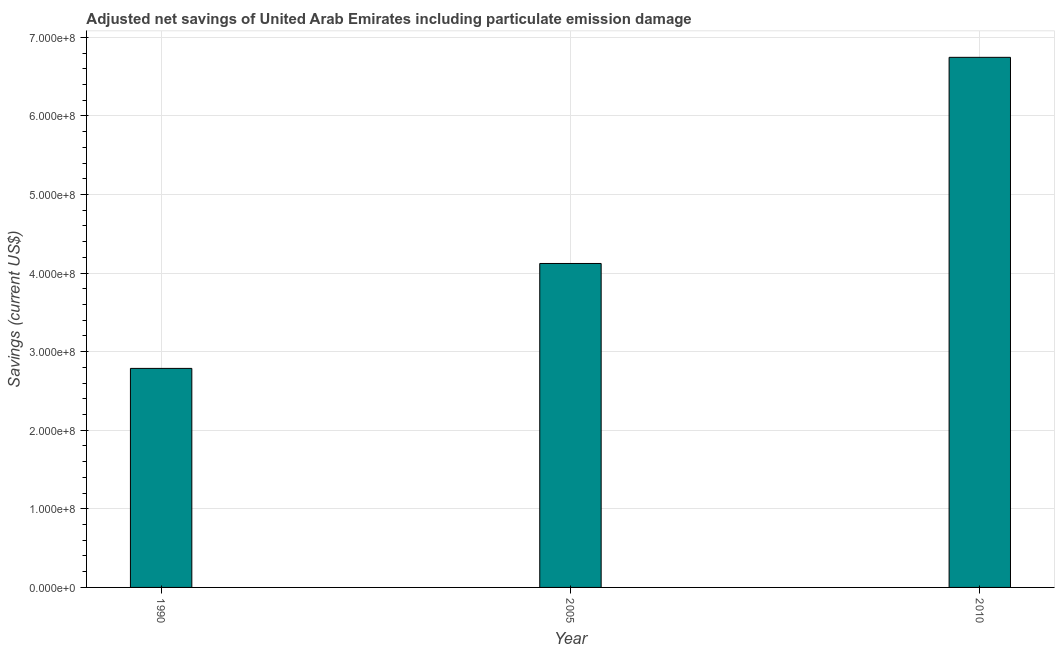
| Year | Adjusted savings: particulate emission damage (current US$) |
 | --- | --- |
 | 1990 | 2.79e+08 |
 | 2005 | 4.12e+08 |
 | 2010 | 6.75e+08 |